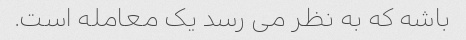
باشه که به نظر می رسد یک معامله است.